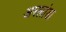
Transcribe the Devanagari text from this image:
अरलांडा